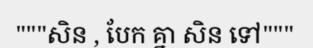
"""សិន , បែក គ្នា សិន ទៅ"""